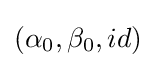
(\alpha _{0},\beta _{0},id)